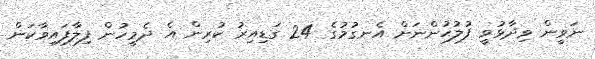
ނަވީން ވިދާޅުވީ ފުލުހުންނަށް އެނގުމުގެ 24 ގަޑިއިރު ކުރިން އެ ދެމީހުން ފިލާފައިވާކަން